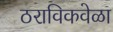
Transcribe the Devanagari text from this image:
ठराविकवेळा